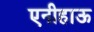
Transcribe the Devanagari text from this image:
एनीहाऊ